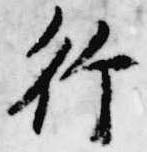
行